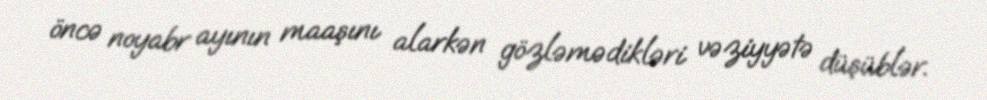
öncə noyabr ayının maaşını alarkən gözləmədikləri vəziyyətə düşüblər.